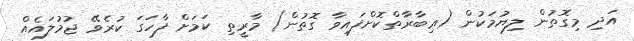
އަދި މިގޮތުން ލިޔުމަކުން (ޢިބާރާތްކޮށްފައިވާ ގޮތުން) މާރީތި ކަމަށް ފާހަގަ ކުރެވޭ ޖުމުލައެއް